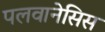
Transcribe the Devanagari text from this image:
पलवानेसिस